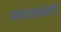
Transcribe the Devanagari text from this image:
समावयवताएँ